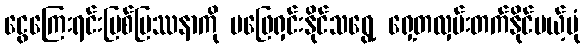
ငွေကြေးရင်းမြစ်ပြဿနာကို မဖြေရှင်းနိုင်သရွေ့ ရှေ့တလှမ်းတက်နိုင်မယ့်ပုံ